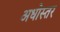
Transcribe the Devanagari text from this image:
अधोस्तर